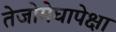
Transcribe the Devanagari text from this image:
तेजोमेघापेक्षा